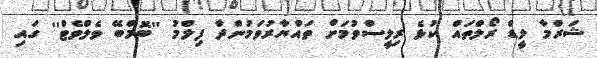
ޝަރްމާ ލީޑް ރޯލްތައް ކުޅެ ރިލީސްވުމަށް ތައްޔާރުވަމުންދާ ފިލްމު ''ބޮމްބޭ ވެލްވެޓް'' ގައި